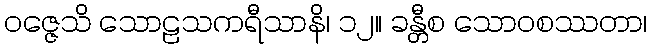
ဝဇ္ဇေသိ သောဠသကရီသာနိ၊ ၁၂။ ခန္တီစ သောဝစဿတာ၊